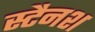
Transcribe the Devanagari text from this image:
स्टैनश